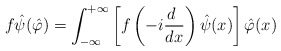
\begin{align*}f\hat\psi(\hat\varphi)=\int_{-\infty}^{+\infty}\left[ f\left(-i\frac{d~}{dx}\right)\hat\psi(x)\right]\hat\varphi(x)\end{align*}